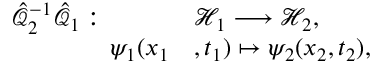
\begin{array} { r l } { \hat { \mathcal { Q } } _ { 2 } ^ { - 1 } \hat { \mathcal { Q } } _ { 1 } : \; \; \; \; \; \; \; \; \; \; } & { { } \mathcal { H } _ { 1 } \longrightarrow \mathcal { H } _ { 2 } , } \\ { \psi _ { 1 } ( x _ { 1 } } & { { } , t _ { 1 } ) \mapsto \psi _ { 2 } ( x _ { 2 } , t _ { 2 } ) , } \end{array}